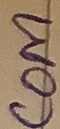
Text: COM